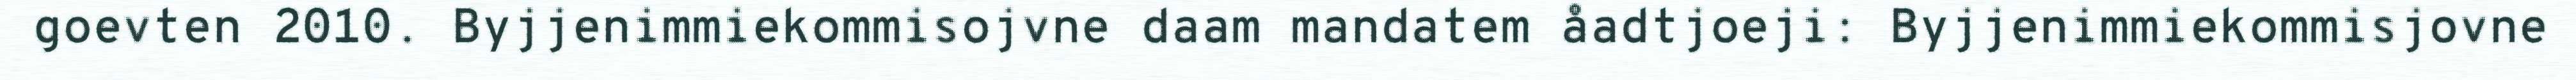
goevten 2010. Byjjenimmiekommisojvne daam mandatem åadtjoeji: Byjjenimmiekommisjovne